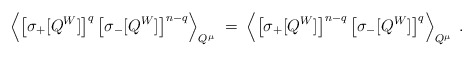
\begin{align*}\left\langle \left[ \sigma_+[Q^W] \right]^q\left[ \sigma_-[Q^W] \right]^{n-q} \right\rangle_{Q^\mu}\; = \; \left\langle \left[ \sigma_+[Q^W] \right]^{n-q}\left[ \sigma_-[Q^W] \right]^q \right\rangle_{Q^\mu} \; .\end{align*}